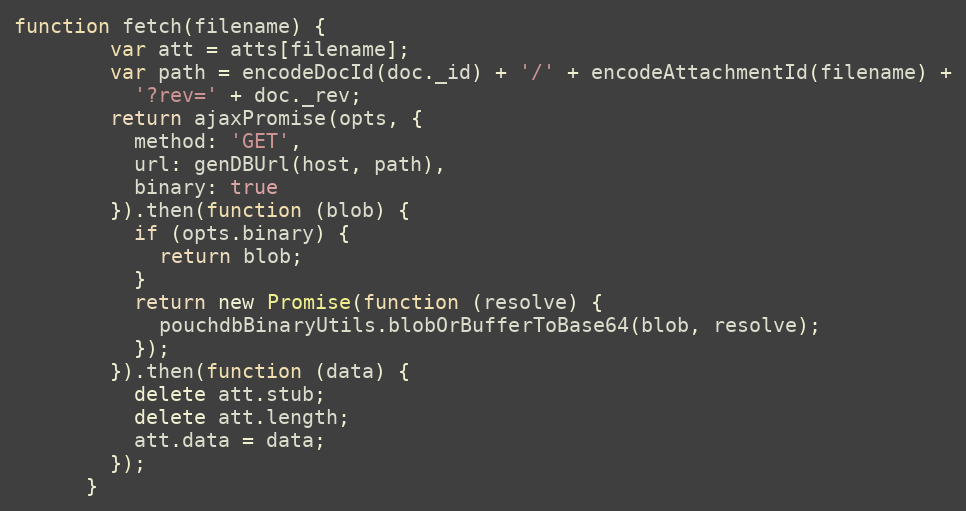
Language: JavaScript
function fetch(filename) {
        var att = atts[filename];
        var path = encodeDocId(doc._id) + '/' + encodeAttachmentId(filename) +
          '?rev=' + doc._rev;
        return ajaxPromise(opts, {
          method: 'GET',
          url: genDBUrl(host, path),
          binary: true
        }).then(function (blob) {
          if (opts.binary) {
            return blob;
          }
          return new Promise(function (resolve) {
            pouchdbBinaryUtils.blobOrBufferToBase64(blob, resolve);
          });
        }).then(function (data) {
          delete att.stub;
          delete att.length;
          att.data = data;
        });
      }